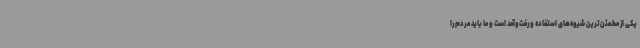
یکی از مطمئن‌ترین شیوه‌های استفاده و رفت‌وآمد است و ما باید مردم را